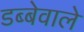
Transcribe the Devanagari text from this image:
डब्बेवाले